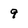
Character: 9